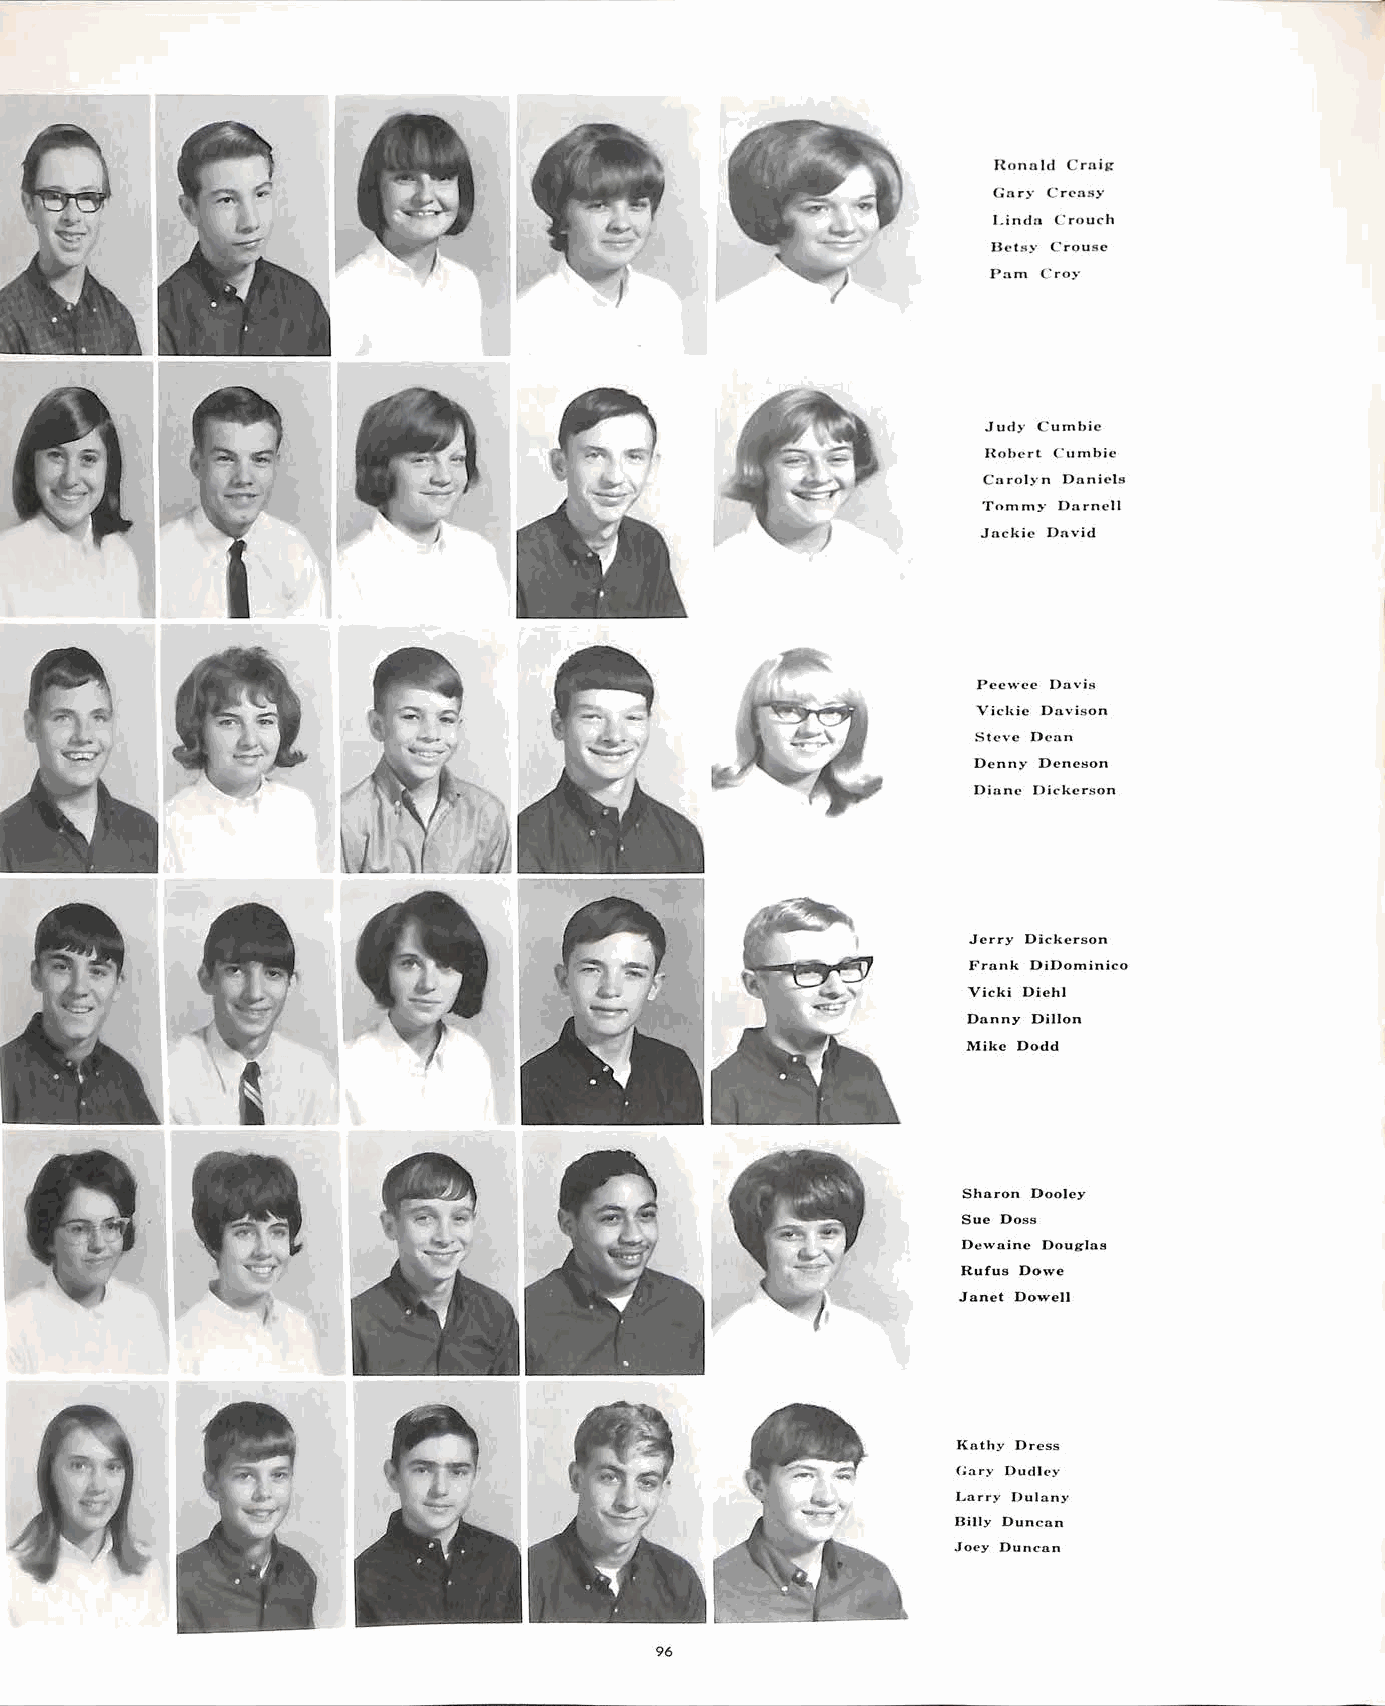
Honold Crnig
 Gnry Cr.,osy
 Lindo Crouch
 Dctsy Crous"
 Pam Croy
 Jucly Cumbie
 Hobert Cumbie
 Carolyn Daniels
 Tommy Darnell
 Jackie Dnvid
 Pcc,. . ·cc Davh~
 Vickie Dnvison
 Steve Denn
 Denny Dcncson
 Diane Dickerson
 Jerry Dickerson
 Fronk DiDorninico
 Vicki Diehl
 Donny Dillon
 .Mike Dodd
 Sharon Dooley
 Sue Doss
 De,vaine Douglas
 Rufus Dowe
 Janet Dowell
 Knthy Dress
 (;ary Dudl<•y
 Larry Dulany
 Billy Duncan
 .Joey Duncan
 96